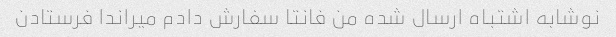
نوشابه اشتباه ارسال شده من فانتا سفارش دادم میراندا فرستادن